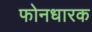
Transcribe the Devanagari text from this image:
फोनधारक